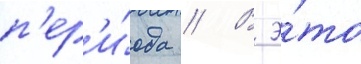
п'ер'и́ода // В э́то